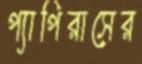
প্যাপিরাসের